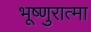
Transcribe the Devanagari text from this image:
भूष्णुरात्मा